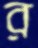
র